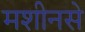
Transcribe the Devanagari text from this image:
मशीनसे